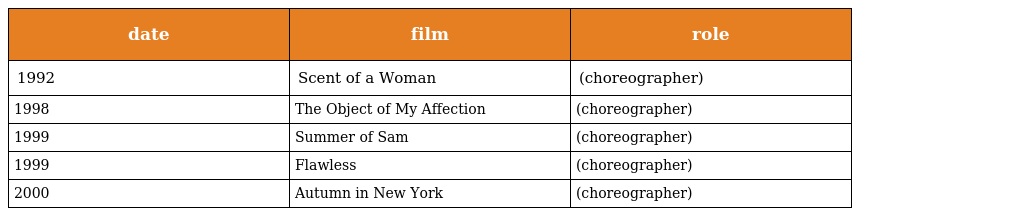
| date | film | role |
 | --- | --- | --- |
 | 1992 | Scent of a Woman | (choreographer) |
 | 1998 | The Object of My Affection | (choreographer) |
 | 1999 | Summer of Sam | (choreographer) |
 | 1999 | Flawless | (choreographer) |
 | 2000 | Autumn in New York | (choreographer) |